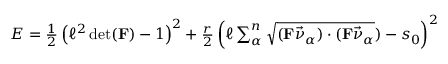
\begin{array} { r } { E = \frac 1 2 \left( \ell ^ { 2 } \operatorname* { d e t } ( \mathbf { F } ) - 1 \right) ^ { 2 } + \frac { r } { 2 } \left( \ell \sum _ { \alpha } ^ { n } \sqrt { ( \mathbf { F } \vec { \nu } _ { \alpha } ) \cdot ( \mathbf { F } \vec { \nu } _ { \alpha } } ) - s _ { 0 } \right) ^ { 2 } } \end{array}